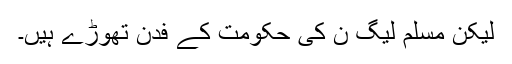
لیکن مسلم لیگ ن کی حکومت کے فدن تھوڑے ہیں۔